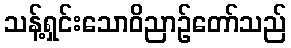
သန့်ရှင်းသောဝိညာဉ်တော်သည်